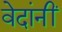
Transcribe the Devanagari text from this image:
वेदांनीं